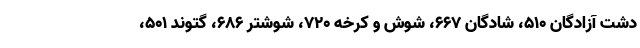
دشت آزادگان ۵۱۰، شادگان ۶۶۷، شوش و کرخه ۷۲۰، شوشتر ۶۸۶، گتوند ۵۰۱،